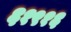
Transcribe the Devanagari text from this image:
६१९१६